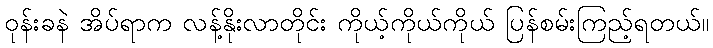
ဝုန်းခနဲ အိပ်ရာက လန့်နိုးလာတိုင်း ကိုယ့်ကိုယ်ကိုယ် ပြန်စမ်းကြည့်ရတယ်။